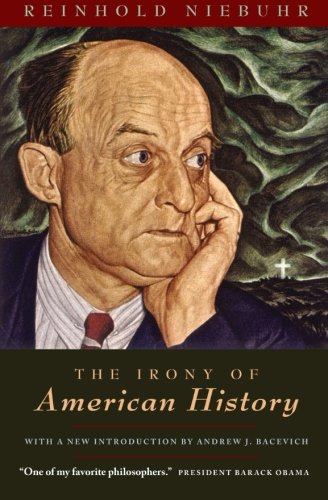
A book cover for The Irony of American History; Reinhold Niebuhr; History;